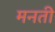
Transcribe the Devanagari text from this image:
मनती